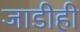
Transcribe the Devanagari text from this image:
जाडीही